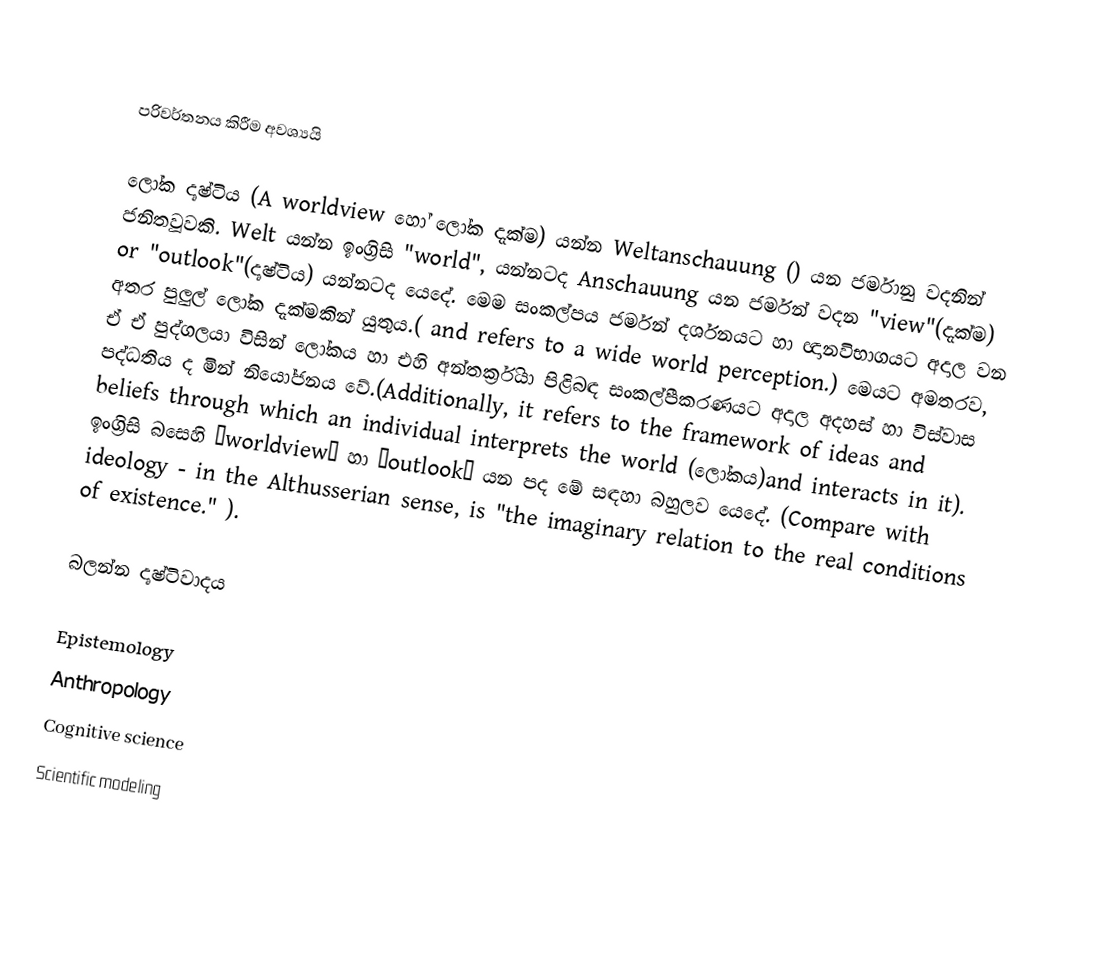

පරිවර්තනය කිරීම අවශ්‍යයි

ලෝක දෘෂ්ටිය (A worldview හෝ ලෝක දැක්ම)  යන්න Weltanschauung ()  යන  ජර්මානු වදනින් ජනිතවූවකි. Welt යන්න ඉංග්‍රිසි "world", යන්නටද Anschauung යන ජර්මන් වදන "view"(දැක්ම) or "outlook"(දෘෂ්ටිය) යන්නටද යෙදේ.  මෙම සංකල්පය ජර්මන් දර්ශනයට හා ඥානවිභාගයට අදාල වන අතර පුලුල් ලෝක දැක්මකින් යුතුය.( and refers to a wide world perception.)  මෙයට අමතරව, ඒ ඒ පුද්ගලයා විසින් ලෝකය හා එහි අන්තර්ක්‍රියා පිළිබඳ සංකල්පීකරණයට අදාල අදහස් හා විස්වාස පද්ධතිය ද මින් නියෝජනය වේ.(Additionally, it refers to the framework of ideas and beliefs through which an individual interprets the world (ලෝකය)and interacts in it). ඉංග්‍රිසි බසෙහි ‘worldview‘ හා ‘outlook‘ යන පද මේ සඳහා බහුලව යෙදේ. (Compare with ideology - in the Althusserian sense, is "the imaginary relation to the real conditions of existence." ).

බලන්න දෘෂ්ටිවාදය

Epistemology
Anthropology
Cognitive science
Scientific modeling